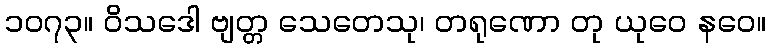
၁၀၇၃။ ဝိသဒေါ ဗျတ္တ သေတေသု၊ တရုဏော တု ယုဝေ နဝေ။